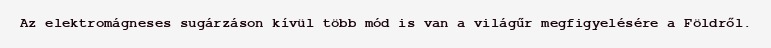
Az elektromágneses sugárzáson kívül több mód is van a világűr megfigyelésére a Földről.